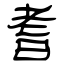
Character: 耆